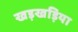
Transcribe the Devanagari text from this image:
खड़खड़िया